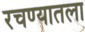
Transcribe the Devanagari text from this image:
रचण्यातला